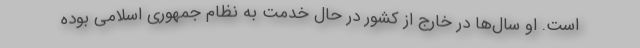
است. او سال‌ها در خارج از کشور در حال خدمت به نظام جمهوری اسلامی بوده